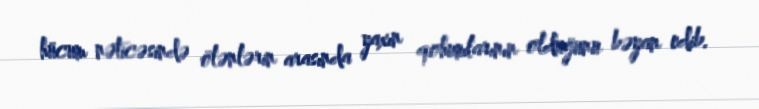
hücum nəticəsində ölənlərin arasında yaxın qohumlarının olduğunu bəyan edib.